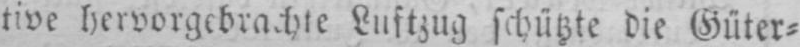
tive hervorgebrachte Luftzug schützte die Güter⸗